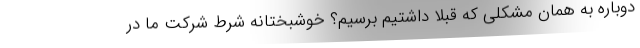
دوباره به همان مشکلی که قبلا داشتیم برسیم؟ خوشبختانه شرط شرکت ما در